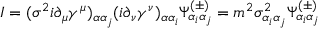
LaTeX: I = ( \sigma ^ { 2 } i \partial _ { \mu } \gamma ^ { \mu } ) _ { \alpha \alpha _ { j } } ( i \partial _ { \nu } \gamma ^ { \nu } ) _ { \alpha \alpha _ { i } } \Psi _ { \alpha _ { i } \alpha _ { j } } ^ { ( \pm ) } = m ^ { 2 } \sigma _ { \alpha _ { i } \alpha _ { j } } ^ { 2 } \Psi _ { \alpha _ { i } \alpha _ { j } } ^ { ( \pm ) }